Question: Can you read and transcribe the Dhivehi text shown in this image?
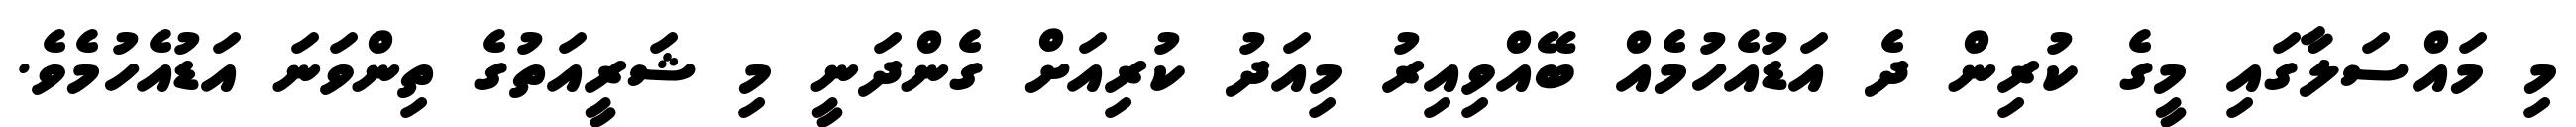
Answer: މި މައްސަލާގައި މީގެ ކުރިން ދެ އަޑުއެހުމެއް ބޭއްވިއިރު މިއަދު ކުރިއަށް ގެންދަނީ މި ޝަރީއަތުގެ ތިންވަނަ އަޑުއެހުމެވެ.